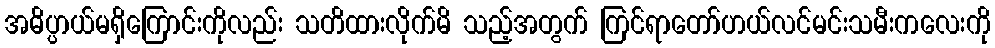
အဓိပ္ပာယ်မရှိကြောင်းကိုလည်း သတိထားလိုက်မိ သည့်အတွက် ကြင်ရာတော်ဟယ်လင်မင်းသမီးကလေးကို